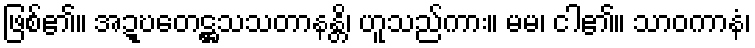
ဖြစ်၏။ အဍ္ဎတေဋ္ဌသသတာနန္တိ၊ ဟူသည်ကား။ မမ၊ ငါ၏။ သာဝကာနံ၊